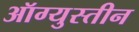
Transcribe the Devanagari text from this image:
ऑग्युस्तीन